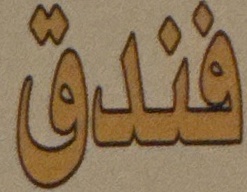
فندق